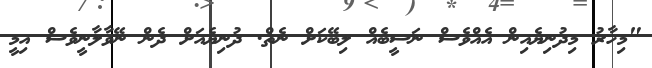
"މިހާރު މިދުނިޔެއިން އެއްވެސް ނަސީބެއް ލިބޭކަށް ނެތް. ދުނިޔެއަށް ދެން ނޭވާލާނީވެސް އިމީ